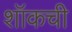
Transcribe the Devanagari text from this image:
शॉकची